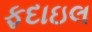
ફદાઇલ